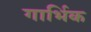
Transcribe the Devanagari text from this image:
गार्भिक